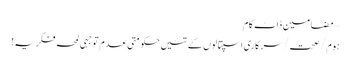
~ مضامین ڈاٹ کام
ہوم/صحت/سرکاری اسپتالوں کے تئیں حکومتی عدم توجہی لمحہ فکریہ!